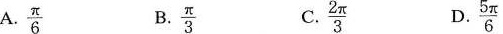
A. \frac{ \pi }{6} B. \frac{ \pi }{3} C. \frac{2 \pi }{3} D. \frac{5 \pi }{6}